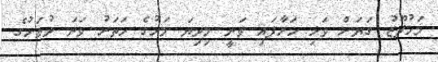
މަހުފޫޒު ގަޔަަށް ވަޅި ހަރާފައި ވަނީ މިދިޔަ މަހުގެ ހަތަރު ވަނަ ދުވަހުގެ